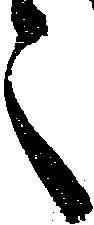
之